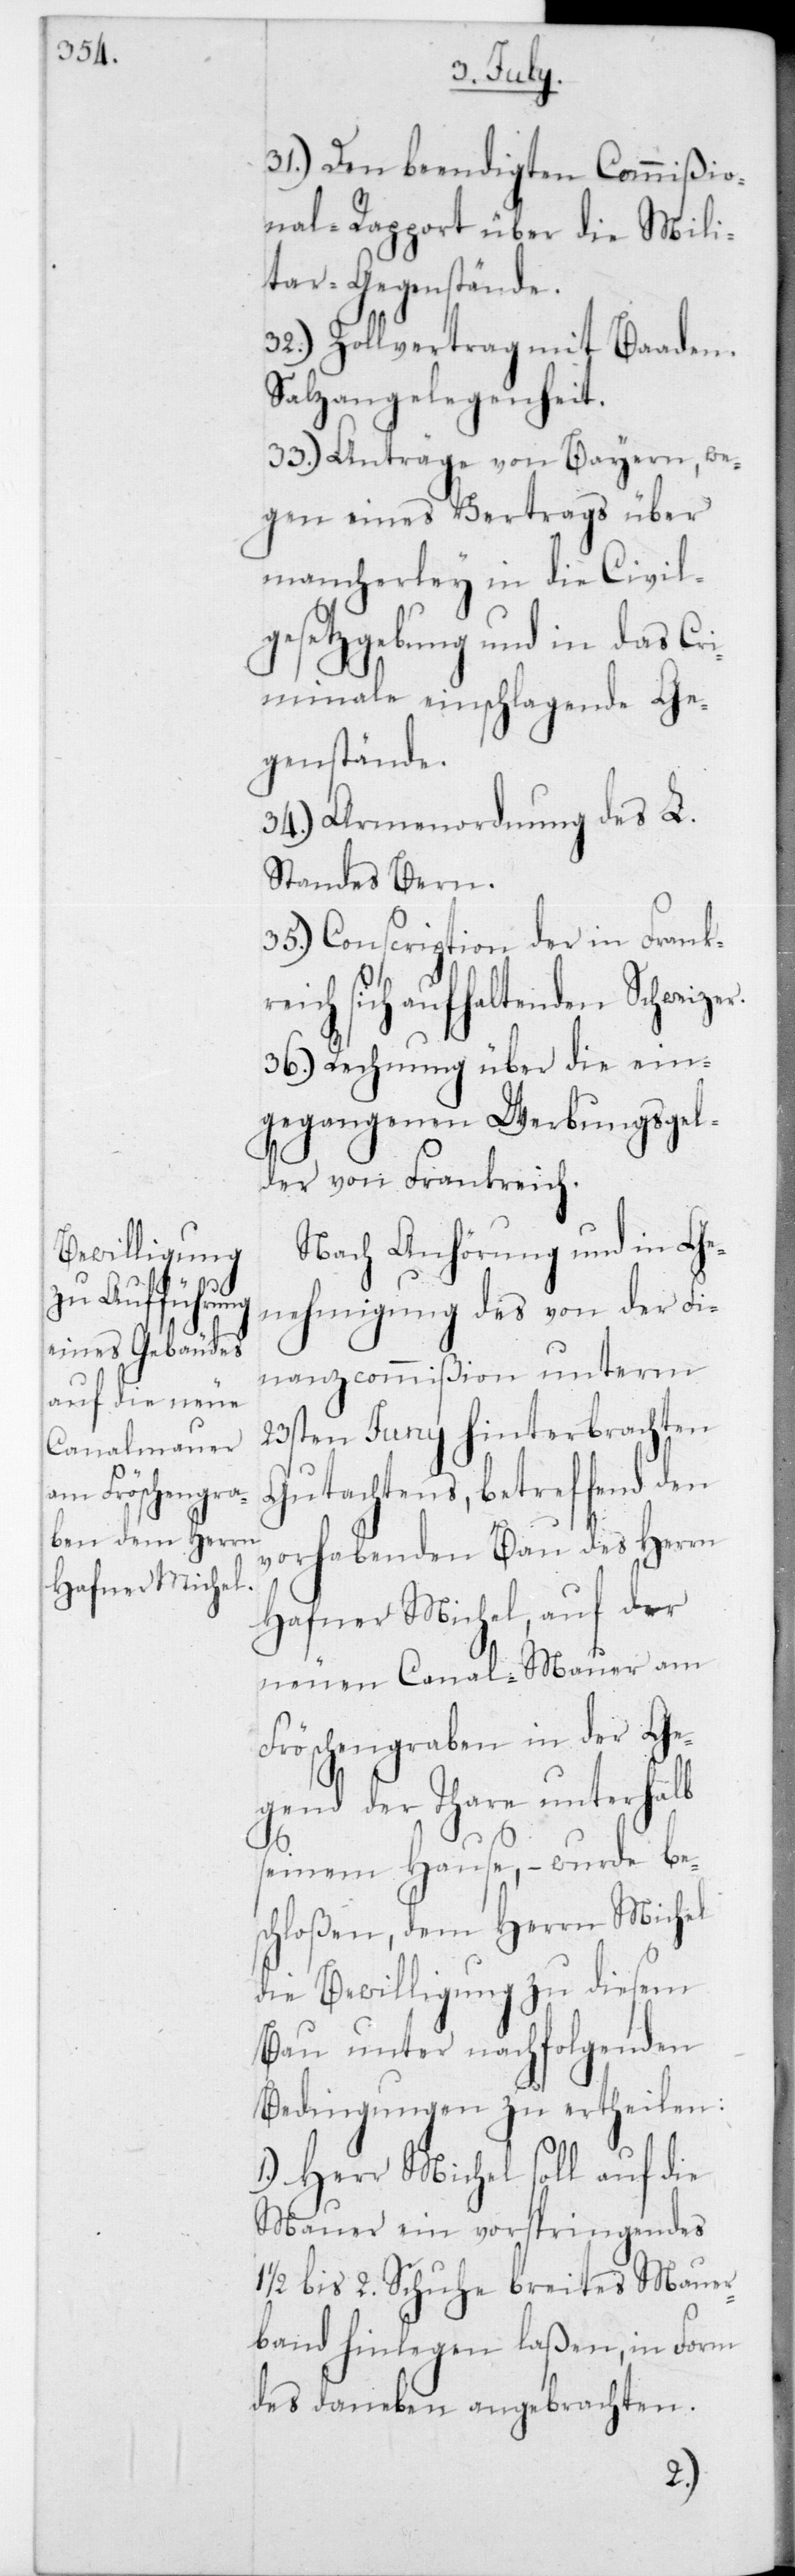
31.) Den beendigten Commißio¬
nal-Rapport über die Mili¬
tar-Gegenstände.
32.) Zollvertrag mit Baaden,
Salzangelegenheit.
33.) Anträge von Bayern, we¬
gen eines Vertrags über
mancherley in die Civil¬
gesetzgebung und in das Cri¬
minale einschlagende Ge¬
genstände.
34.) Armenordnung des L.
Standes Bern.
35.) Conscription der in Frankre¬
ich sich aufhaltenden Schweize¬
36.) Rechnung über die ein¬
gegangenen Werbungsgel¬
der von Frankreich.
Nach Anhörung und in Ge¬
nehmigung des von der Fi¬
nanzcommißion unterm
23sten Juny hinterbrachten
Gutachtens, betreffend den
vorhabenden Bau des Herrn
Hafner Michel, auf der
neuen Canalmauer am
Fröschengraben in der Ge¬
gend der Thare unterhalb
seinem Hause, – wurde be¬
schloßen, dem Herrn Michel
die Bewilligung zu diesem
Bau unter nachfolgenden
Bedingungen zu ertheilen:
1.) Herr Michel soll auf die
Mauer ein vorspringendes
1/2 bis 2 Schuhe breites Mauer¬
band hinlegen laßen, in Form
des daneben angebrachten.
r.